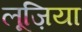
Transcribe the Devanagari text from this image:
लूज़िया